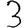
Digit: 3